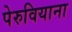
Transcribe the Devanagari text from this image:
पेरुवियाना